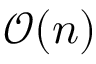
\mathcal { O } ( n )